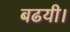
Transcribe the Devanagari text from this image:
बढयी।